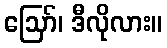
ဪ၊ ဒီလိုလား။